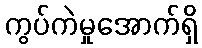
ကွပ်ကဲမှုအောက်ရှိ